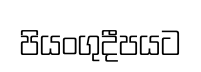
පියංගුදීපයට